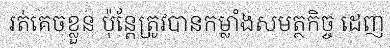
រត់គេចខ្លួន ប៉ុន្តែត្រូវបានកម្លាំងសមត្ថកិច្ច ដេញ